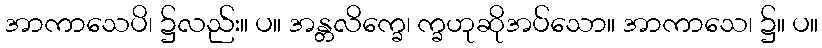
အာကာသေပိ၊ ၌လည်း။ ပ။ အန္တလိက္ခေ၊ က္ခဟုဆိုအပ်သော။ အာကာသေ၊ ၌။ ပ။